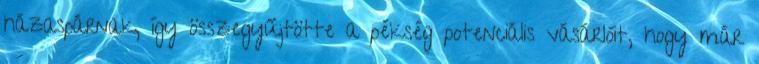
házaspárnak, így összegyűjtötte a pékség potenciális vásárlóit, hogy már